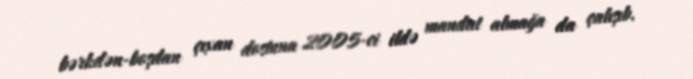
bərkdən-boşdan çıxan dostuna 2005-ci ildə mandat almağa da çalışıb.